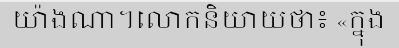
យ៉ាងណា។លោកនិយាយថា៖ «ក្នុង